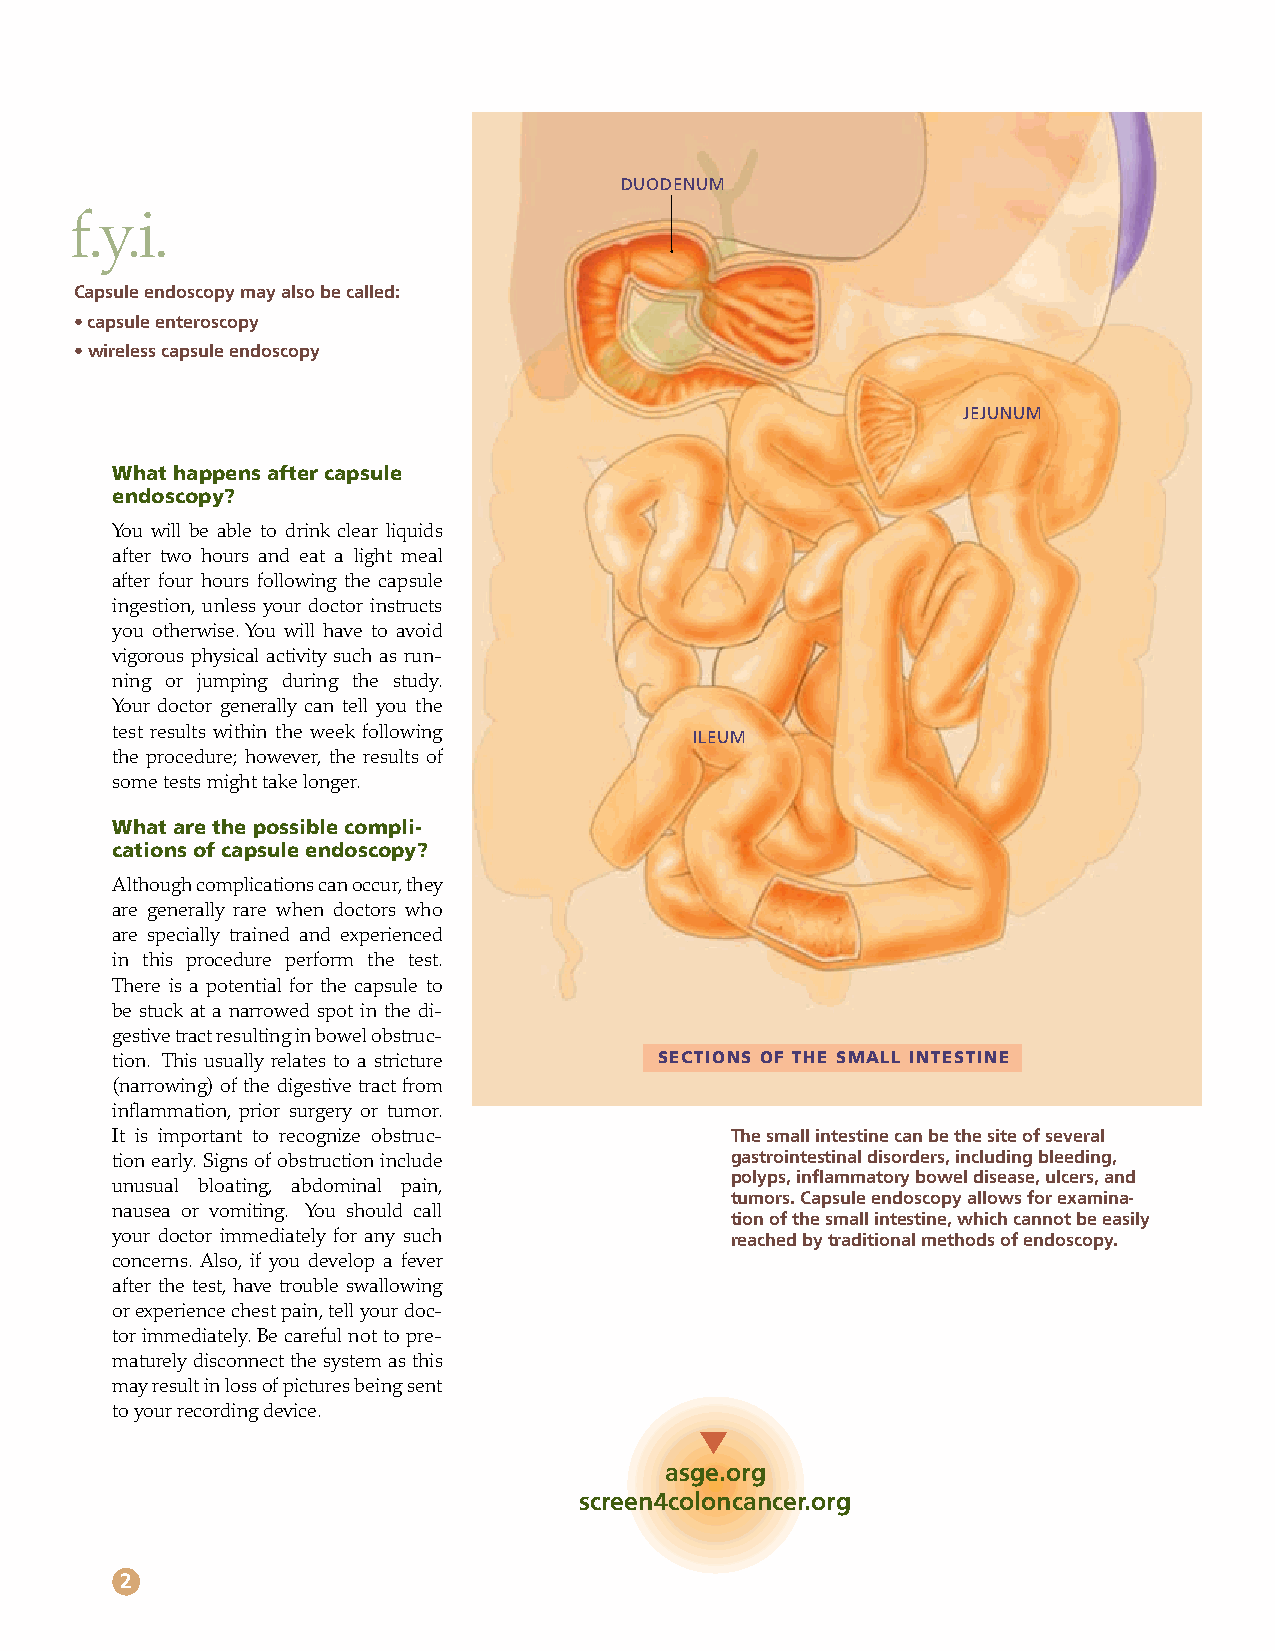
DUODENUM
 f.y.i.
 Capsule endoscopy may also be called:
 • capsule enteroscopy
 • wireless capsule endoscopy
 JEJUNUM
 What happens after capsule
 endoscopy?
 You will be able to drink clear liquids
 after two hours and eat a light meal
 after four hours following the capsule
 ingestion, unless your doctor instructs
 you otherwise. You will have to avoid
 vigorous physical activity such as run-
 ning or jumping during the study.
 Your doctor generally can tell you the
 test results within the week following
 ILEUM
 the procedure; however, the results of
 some tests might take longer.
 What are the possible compli-
 cations of capsule endoscopy?
 Although complications can occur, they
 are generally rare when doctors who
 are specially trained and experienced
 in this procedure perform the test.
 There is a potential for the capsule to
 be stuck at a narrowed spot in the di-
 gestive tract resulting in bowel obstruc-
 tion. This usually relates to a stricture SECTIONS OF THE SMALL INTESTINE
 (narrowing) of the digestive tract from
 inflammation, prior surgery or tumor.
 It is important to recognize obstruc-    The small intestine can be the site of several
 tion early. Signs of obstruction include gastrointestinal disorders, including bleeding,
 polyps, inflammatory bowel disease, ulcers, and
 unusual bloating, abdominal pain,
 tumors. Capsule endoscopy allows for examina-
 nausea or vomiting. You should call
 tion of the small intestine, which cannot be easily
 your doctor immediately for any such     reached by traditional methods of endoscopy.
 concerns. Also, if you develop a fever
 after the test, have trouble swallowing
 or experience chest pain, tell your doc-
 tor immediately. Be careful not to pre-
 maturely disconnect the system as this
 may result in loss of pictures being sent
 to your recording device.
 asge.org
 screen4coloncancer.org
 2